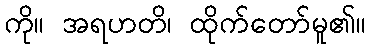
ကို။ အရဟတိ၊ ထိုက်တော်မူ၏။